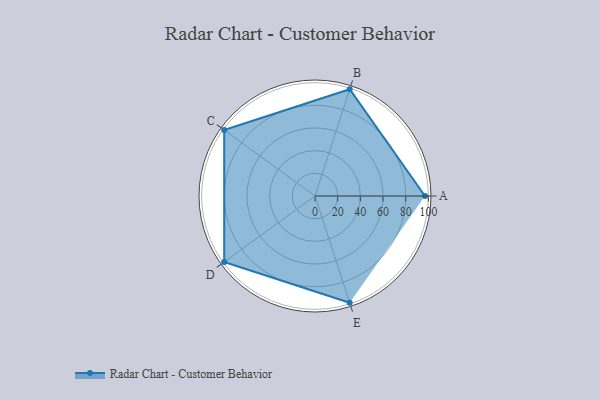
{"axis": {"x": "Skill", "y": "Score"}, "legend": ["Profile"], "data": [{"x": "A", "y": 97.0, "type": "Profile"}, {"x": "B", "y": 99.0, "type": "Profile"}, {"x": "C", "y": 99, "type": "Profile"}, {"x": "D", "y": 99, "type": "Profile"}, {"x": "E", "y": 99, "type": "Profile"}]}